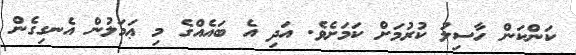
ކަންކަން ހާސިލު ކުރުމަށް ކަމަށެވެ. އަދި އެ ބައެއްގެ މި ޢަމަލުން އެނގިގެން